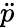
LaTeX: \ddot{p}